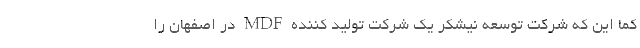
کما این که شرکت توسعه نیشکر یک شرکت تولید کننده MDF در اصفهان را